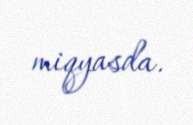
miqyasda.